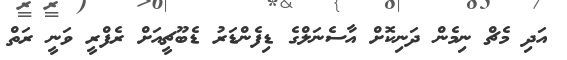
އަދި މެޗް ނިމެން ދަނިކޮށް އާސެނަލްގެ ޑިފެންޑަރު ޑެބޫޗީއަށް ރެފްރީ ވަނީ ރަތް